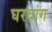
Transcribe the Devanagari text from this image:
घरवांग